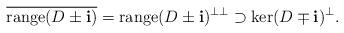
LaTeX: \begin{align*}\overline{\mathrm{range}(D\pm\mathbf{i})}=\mathrm{range}(D\pm\mathbf{i})^{\perp\perp}\supset\mathrm{ker}(D\mp\mathbf{i})^\perp.\end{align*}